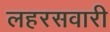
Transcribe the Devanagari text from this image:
लहरसवारी